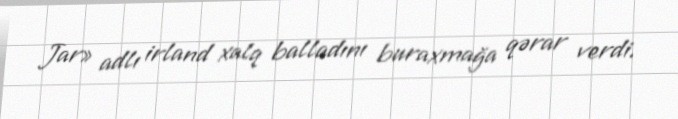
Jar» adlı irland xalq balladını buraxmağa qərar verdi.